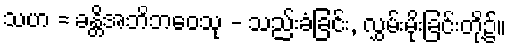
သဟ = ခန္တိအဘိဘဝေသု - သည်းခံခြင်း, လွှမ်းမိုးခြင်းတို့၌။